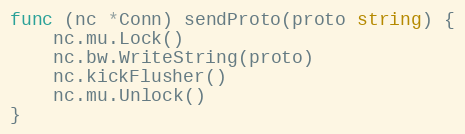
Language: Go
func (nc *Conn) sendProto(proto string) {
	nc.mu.Lock()
	nc.bw.WriteString(proto)
	nc.kickFlusher()
	nc.mu.Unlock()
}